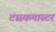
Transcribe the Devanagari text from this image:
टास्कमास्टर